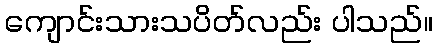
ကျောင်းသားသပိတ်လည်း ပါသည်။